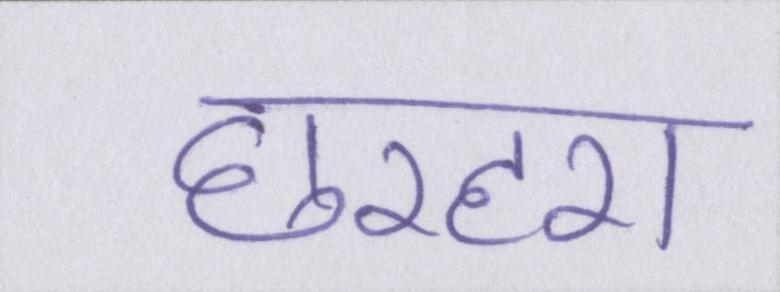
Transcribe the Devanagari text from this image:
छरहरा